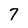
Character: 7